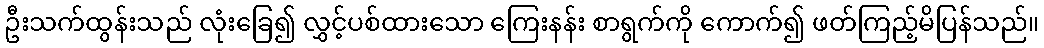
ဦးသက်ထွန်းသည် လုံးခြေ၍ လွှင့်ပစ်ထားသော ကြေးနန်း စာရွက်ကို ကောက်၍ ဖတ်ကြည့်မိပြန်သည်။